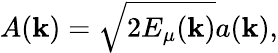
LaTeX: A({\mathbf k})=\sqrt{2E_{\mu}({\mathbf k})}a({\mathbf k}),